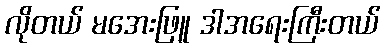
လိုတယ် မအေးဖြူ ဒါအရေးကြီးတယ်